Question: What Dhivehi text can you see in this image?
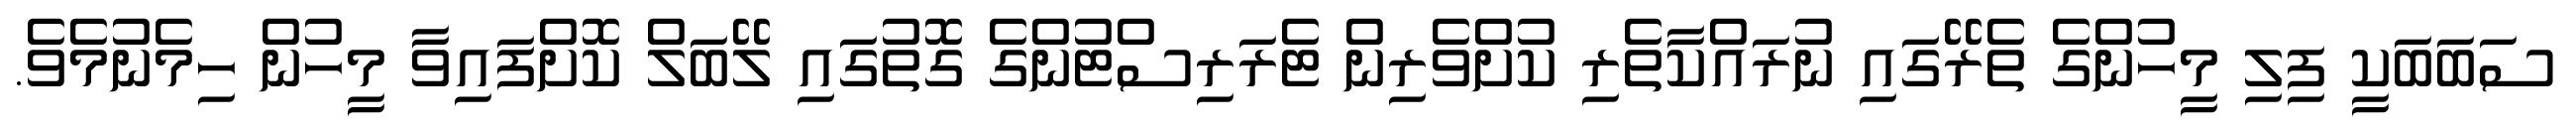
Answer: ސަބަބަކީ ފިލި މީހުންގެ ތެރޭގައި ނުރައްކާތެރި ކުށްވެރިން ޓެރަރިސްޓުންގެ ގޮތުގައި ލޭބަލް ކޮށްފައިވާ މީހުން ހިމެނުމެވެ.